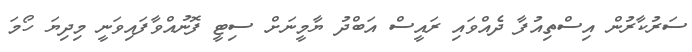
ސަރުކާރުން އިސްތިއުފާ ދެއްވައި ރައީސް އަބްދު ޔާމީނަށް ސިޓީ ފޮނުއްވާފައިވަނީ މިދިޔަ ހޯމަ